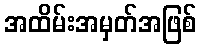
အထိမ်းအမှတ်အဖြစ်